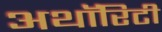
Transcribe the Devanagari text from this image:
अथाॅरिटी